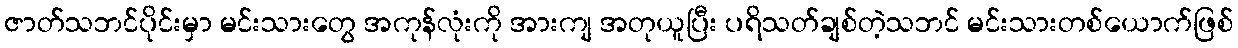
ဇာတ်သဘင်ပိုင်းမှာ မင်းသားတွေ အကုန်လုံးကို အားကျ အတုယူပြီး ပရိသတ်ချစ်တဲ့သဘင် မင်းသားတစ်ယောက်ဖြစ်